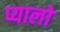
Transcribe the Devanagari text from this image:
प्यालो